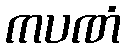
ကပဏံ